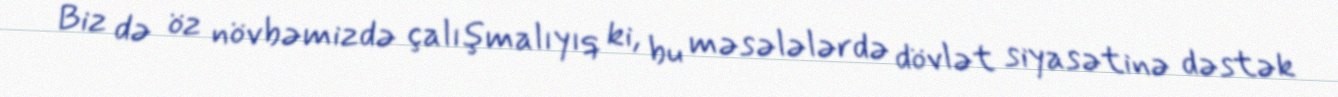
Biz də öz növbəmizdə çalışmalıyıq ki, bu məsələlərdə dövlət siyasətinə dəstək